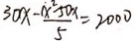
3 0 x - \frac { x ^ { 2 } - 5 0 x } { 5 } = 2 0 0 0